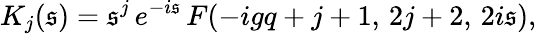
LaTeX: K_{j}(\mathfrak{s})=\mathfrak{s}^{j}\, e^{-i\mathfrak{s}}\, F(-igq+j+1,\, 2j+2,\, 2i\mathfrak{s}),